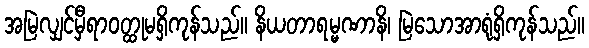
အမြဲလျှင်မှီရာဝတ္ထုမရှိကုန်သည်။ နိယတာရမ္မဏာနိ၊ မြဲသောအာရုံရှိကုန်သည်။